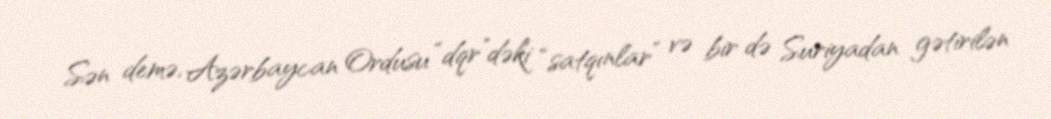
Sən demə, Azərbaycan Ordusu “dqr”dəki “satqınlar” və bir də Suriyadan gətirilən